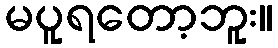
မပူရတော့ဘူး။